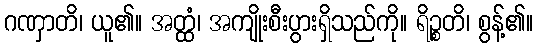
ဂဏှာတိ၊ ယူ၏။ အတ္ထံ၊ အကျိုးစီးပွားရှိသည်ကို။ ရိဉ္စတိ၊ စွန့်၏။